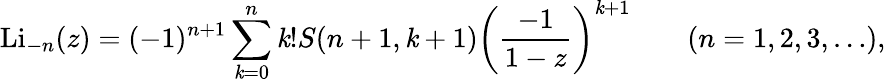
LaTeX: \operatorname{Li}_{-n}(z)=(-1)^{n+1}\sum_{\mathit{k}=0}^{n}\mathit{k}!S(n+1,\mathit{k}+1)\left({\frac{{-1}}{{1-z}}}\right)^{\mathit{k}+1}\qquad(n=1,2,3,\ldots),